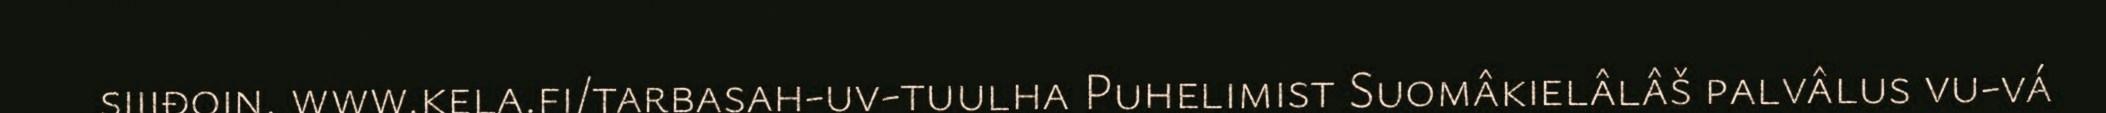
siijđoin. www.kela.fi/tarbasah-uv-tuulha Puhelimist Suomâkielâlâš palvâlus vu-vá